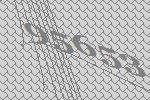
95653